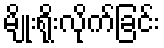
မျိုးရိုးလိုက်ခြင်း